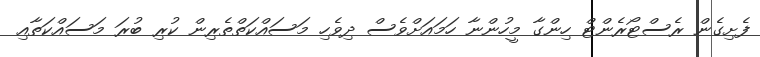
ފެށިގެން ރެސްޓޯރެންޓް ހިންގާ މީހުންނާ ހަމައަށްވެސް ދިވެހި މަސައްކަތްތެރިން ކުރި ބުރަ މަސައްކަތާއި